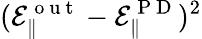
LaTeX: (\mathcal{E}_{\| }^{\mathrm{~o~u~t~}}-\mathcal{E}_{\| }^{\mathrm{~P~D~}})^{2}